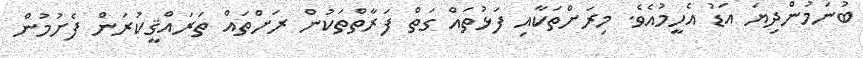
ބުނަމުންދިޔަ އަޑު އެހީމުއެވެ. މިރަށްތަކާއި ފަޅުތައް ގަތް ފަރާތްތަކުން ރަށްތައް ތަރައްޤީކުރަން ފެށުމުން